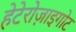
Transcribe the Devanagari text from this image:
हेटेरोज़ाइगोट